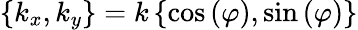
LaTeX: \left\{ k_{x},k_{y}\right\} =k\left\{ \cos{(\varphi)},\sin{(\varphi)}\right\}